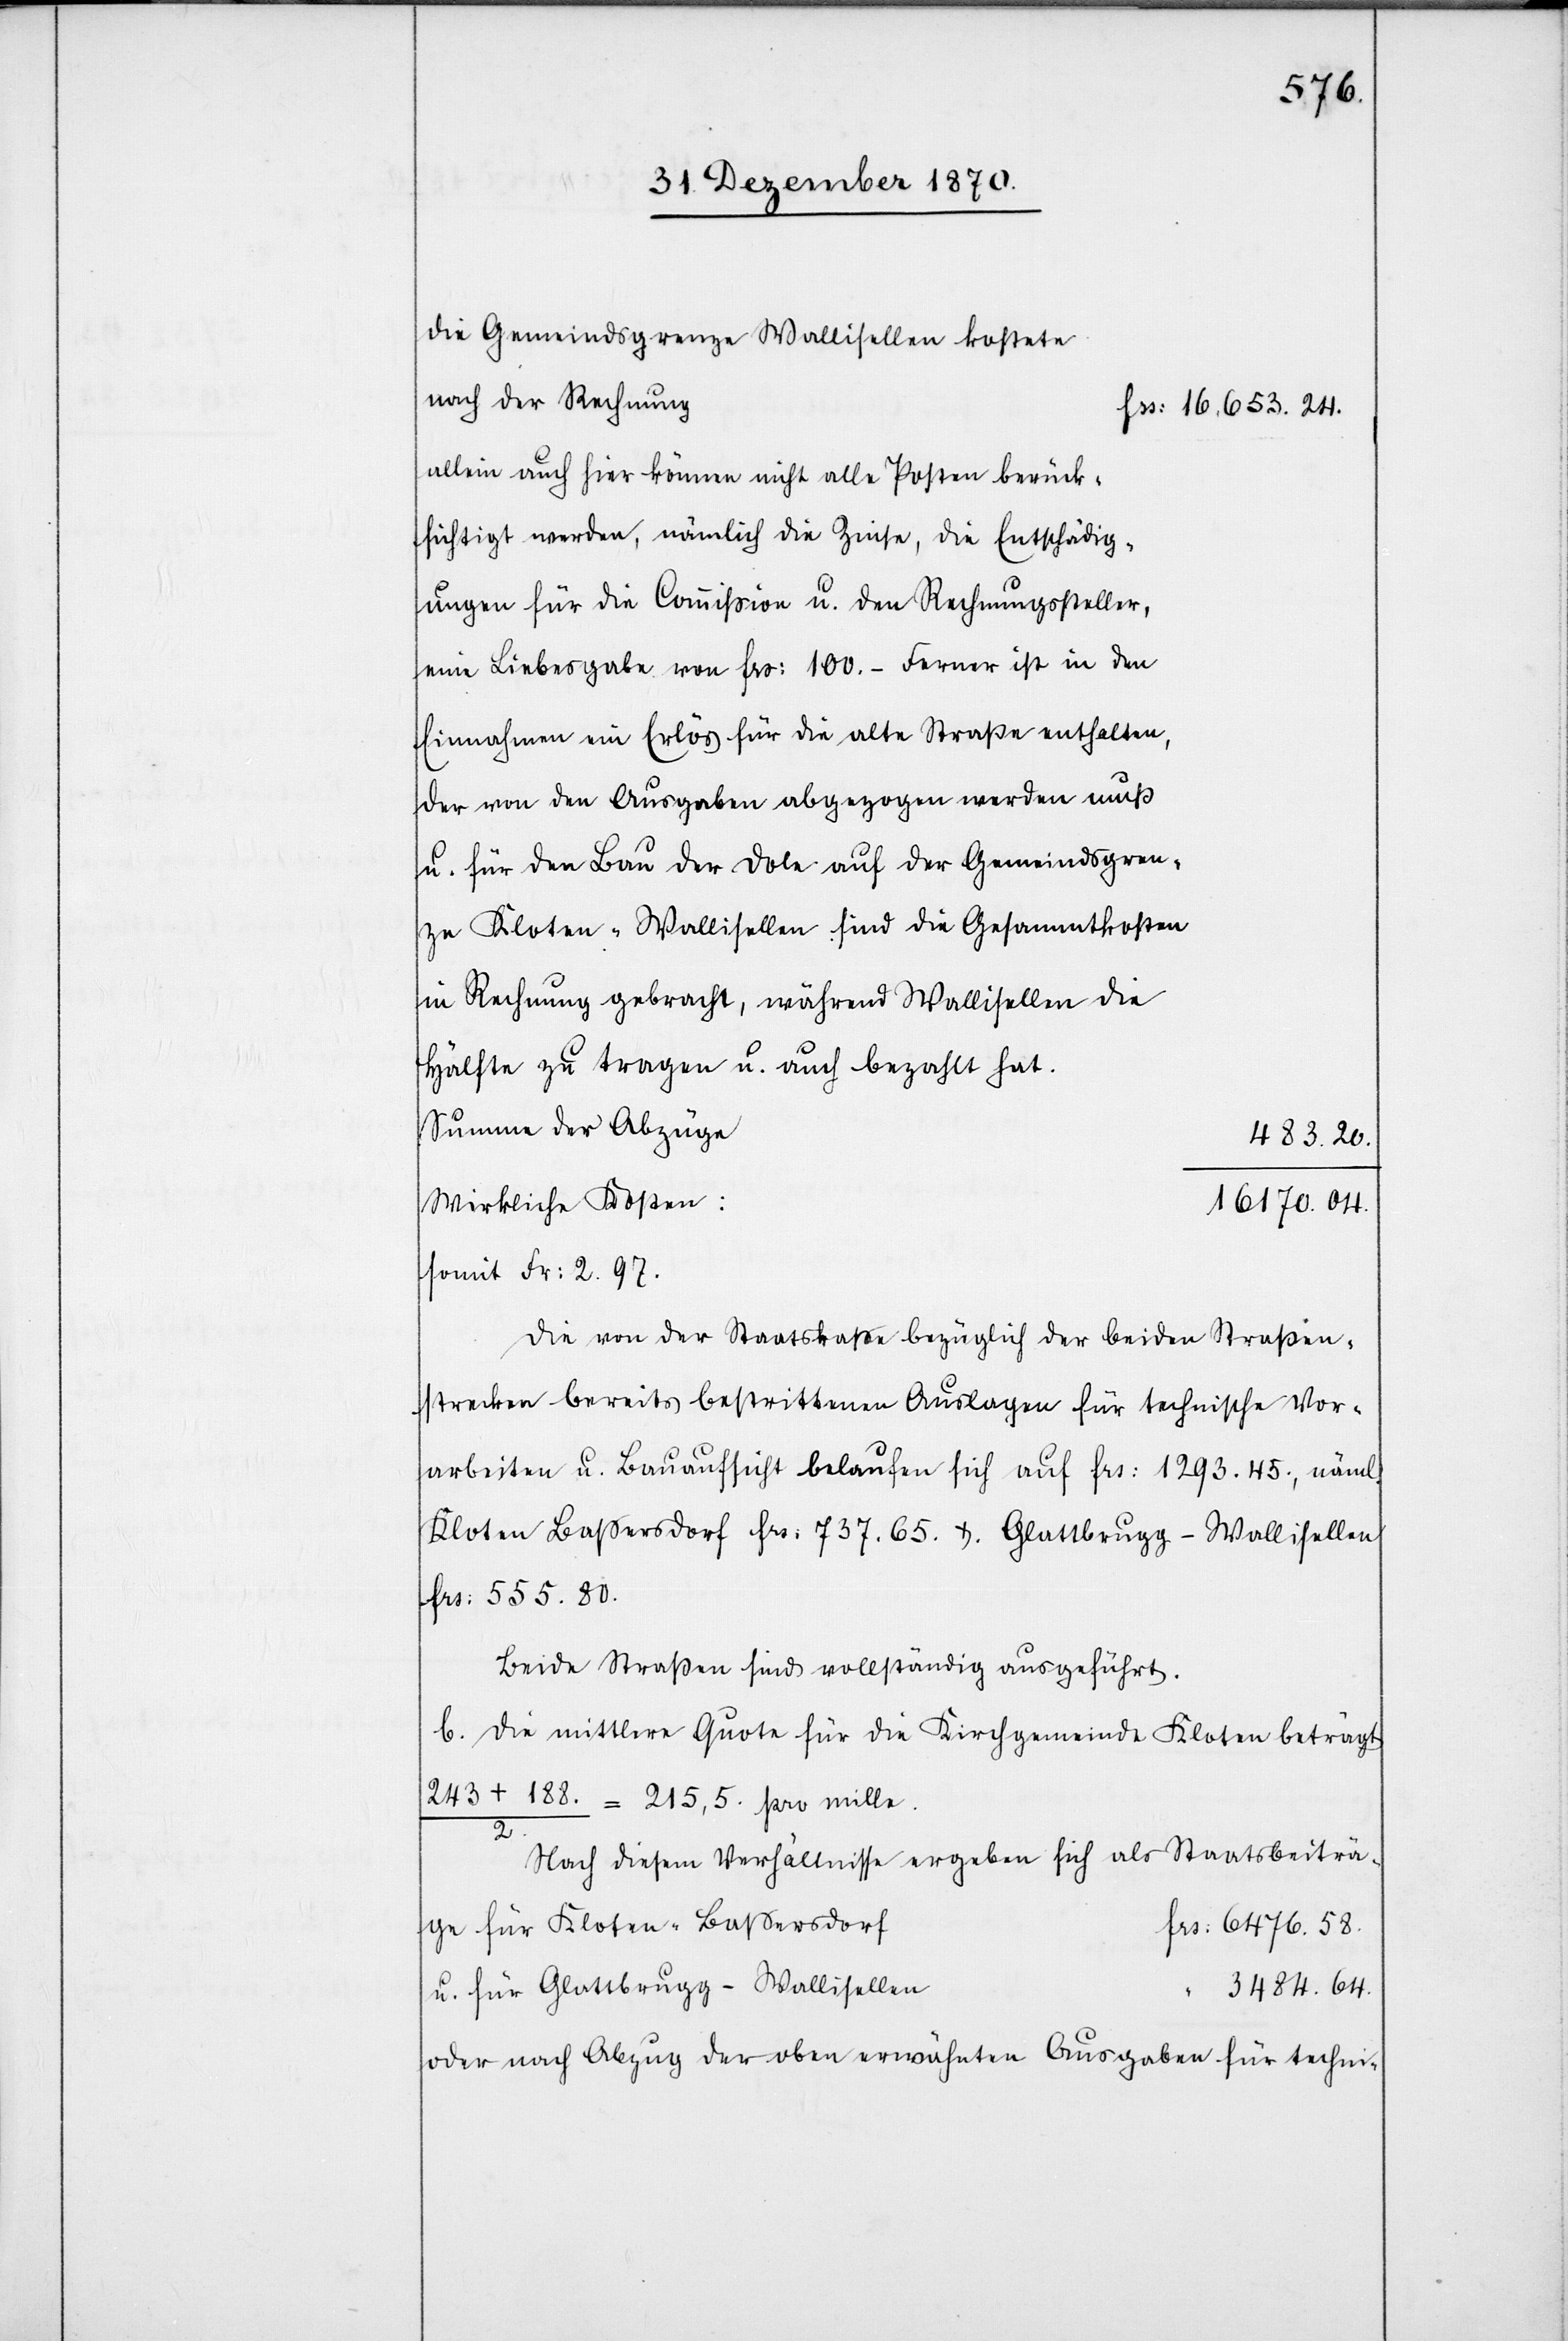
476.
nach der Rechnung
allein auch hier können nicht alle Posten berück¬
sichtigt werden, nämlich die Zinse, die Entschädig¬
ungen für die Commißion u. den Rechnungssteller,
eine Liebesgabe von Frs: 100. – Ferner ist in den
Einnahmen ein Erlös für die alte Straße enthalten,
der von den Ausgaben abgezogen werden muß
u. für den Bau der Dole auf der Gemeindsgren¬
ze Kloten–Wallisellen sind die Gesammtkosten
in Rechnung gebracht, während Wallisellen die
Hälfte zu tragen u. auch bezahlt hat.
Summe der Abzüge
Wirkliche Kosten:
somit Fr: 2.97.
Die von der Staatskasse bezüglich der beiden Straßen¬
strecken bereits bestrittenen Auslagen für technische Vor¬
arbeiten u. Bauaufsicht belaufen sich auf Frs: 1293.45, näml:
Kloten Baßersdorf Frs: 737.65. & Glattbrugg–Wallisellen
Frs: 555.80.
Beide Straßen sind vollständig ausgeführt.
b. Die mittlere Quote für die Kirchgemeinde Kloten beträgt
243 + 188. / 2. = 215,5. pro mille.
20.
Nach diesem Verhältnisse ergeben sich als Staatsbeiträge
u. für Glattbrugg–Wallisellen
64.
oder nach Abzug der oben erwähnten Ausgaben für techni-